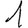
Digit: 1